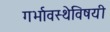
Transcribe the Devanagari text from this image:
गर्भावस्थेविषयी